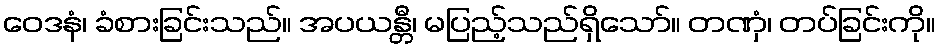
ဝေဒနံ၊ ခံစားခြင်းသည်။ အပယန္တီ၊ မပြည့်သည်ရှိသော်။ တဏှံ၊ တပ်ခြင်းကို။